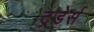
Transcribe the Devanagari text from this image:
ट्रडेर्स